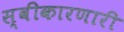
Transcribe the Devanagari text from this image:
स्वीकारणारी